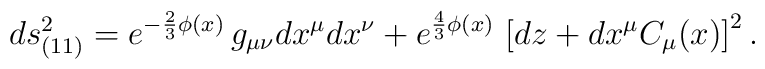
ds^2_{(11)}= e^{-\frac23 \phi(x)} \, g_{\mu\nu} dx^\mu dx^\nu + e^{\frac43 \phi(x)} \,\left[dz + dx^\mu C_\mu(x)\right]^2.